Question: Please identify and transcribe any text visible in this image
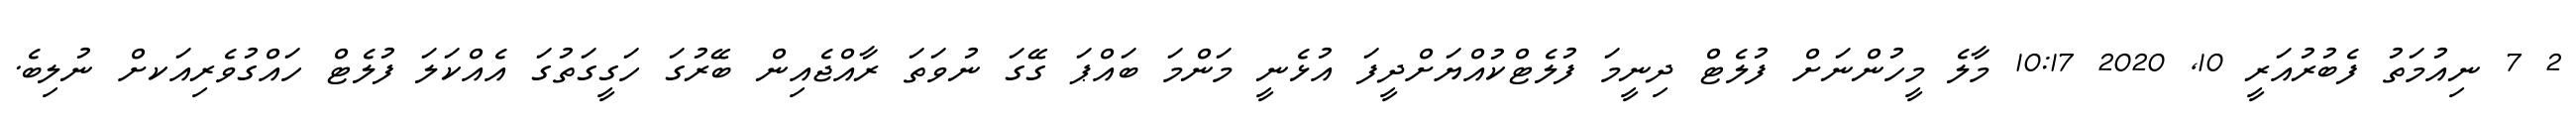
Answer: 2 7 ނިއުމަތު ފެބުރުއަރީ 10, 2020 10:17 މާލެ މީހުންނަށް ފުލެޓް ދިނީމަ ފުލެޓްކުއްޔަށްދީފަ އުޅެނީ މަންމަ ބައްޕަ ގޭގަ ނުވަތަ ރާއްޖެއިން ބޭރުގަ ހަގީގަތުގަ އެއްކަލަ ފުލެޓް ހައްގުވެރިއަކށް ނުލިބެ.